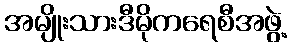
အမျိုးသားဒီမိုကရေစီအဖွဲ့